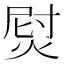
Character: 𱫞